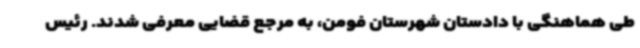
طی هماهنگی با دادستان شهرستان فومن، به مرجع قضایی معرفی شدند. رئیس